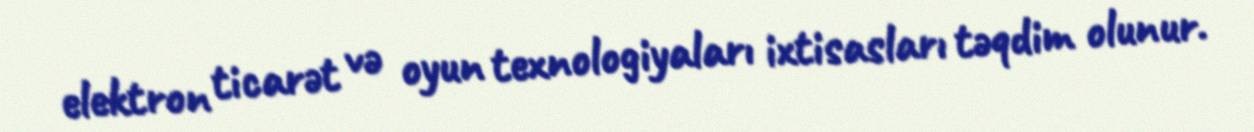
elektron ticarət və oyun texnologiyaları ixtisasları təqdim olunur.